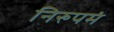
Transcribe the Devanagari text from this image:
निरुपमं